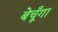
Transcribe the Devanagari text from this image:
बेचूँगा